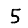
Digit: 5